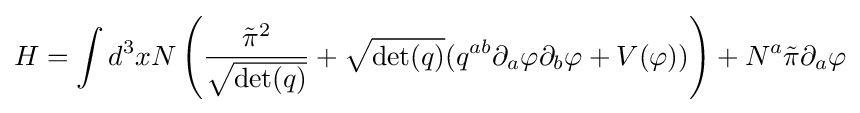
H=\int d^{3}xN\left({{\tilde {\pi }}^{2} \over {\sqrt {\det(q)}}}+{\sqrt {\det(q)}}(q^{ab}\partial _{a}\varphi \partial _{b}\varphi +V(\varphi ))\right)+N^{a}{\tilde {\pi }}\partial _{a}\varphi